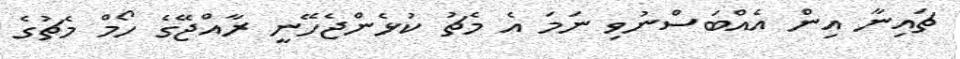
ޗައިނާ އިން އެއްބަސްނުވި ނަމަ އެ މެޗު ކުޅެންޖެހޭނީ ރާއްޖޭގެ ހޯމް މެޗުގެ